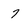
Character: 7